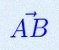
\vec{AB}